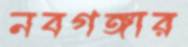
নবগঙ্গার